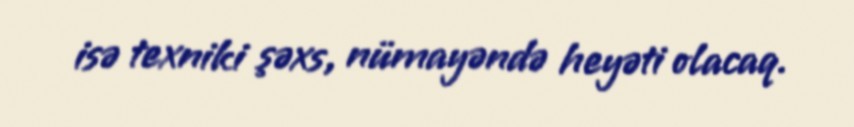
isə texniki şəxs, nümayəndə heyəti olacaq.